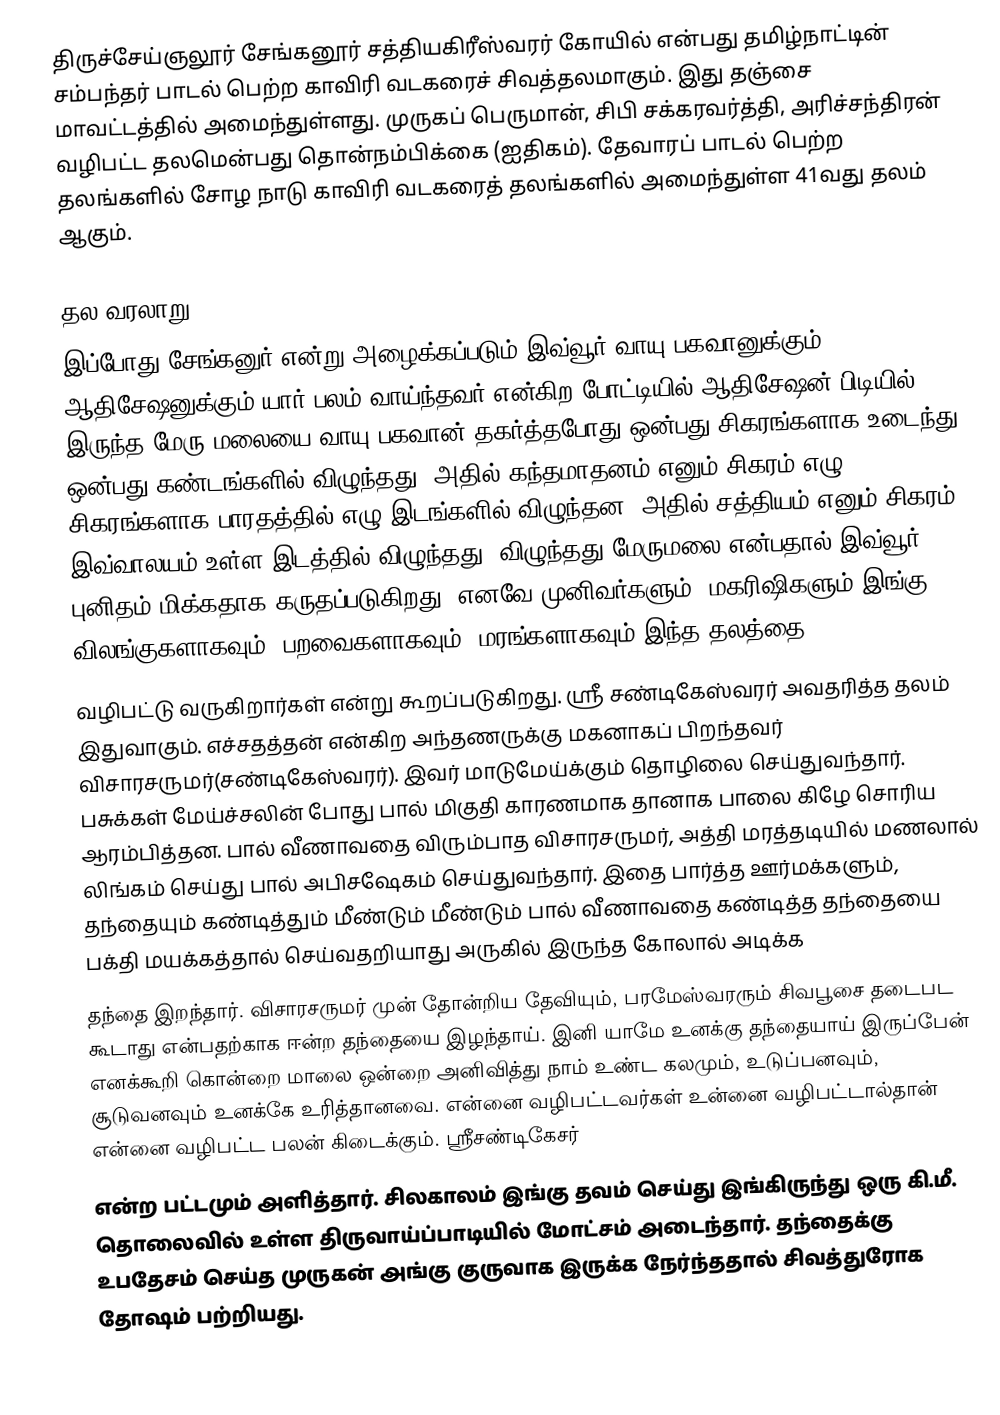
திருச்சேய்ஞலூர் சேங்கனூர் சத்தியகிரீஸ்வரர் கோயில் என்பது தமிழ்நாட்டின் சம்பந்தர் பாடல் பெற்ற காவிரி வடகரைச் சிவத்தலமாகும். இது தஞ்சை மாவட்டத்தில் அமைந்துள்ளது. முருகப் பெருமான், சிபி சக்கரவர்த்தி, அரிச்சந்திரன் வழிபட்ட தலமென்பது தொன்நம்பிக்கை (ஐதிகம்). தேவாரப் பாடல் பெற்ற தலங்களில் சோழ நாடு காவிரி வடகரைத் தலங்களில் அமைந்துள்ள 41வது தலம் ஆகும்.

தல வரலாறு
இப்போது சேங்கனுர் என்று அழைக்கப்படும் இவ்வூர் வாயு பகவானுக்கும் ஆதிசேஷனுக்கும் யார் பலம் வாய்ந்தவர் என்கிற போட்டியில் ஆதிசேஷன் பிடியில் இருந்த மேரு மலையை வாயு பகவான் தகர்த்தபோது ஒன்பது சிகரங்களாக உடைந்து ஒன்பது கண்டங்களில் விழுந்தது. அதில் கந்தமாதனம் எனும் சிகரம் எழு சிகரங்களாக பாரதத்தில் எழு இடங்களில் விழுந்தன. அதில் சத்தியம் எனும் சிகரம் இவ்வாலயம் உள்ள இடத்தில் விழுந்தது. விழுந்தது மேருமலை என்பதால் இவ்வூர் புனிதம் மிக்கதாக கருதப்படுகிறது. எனவே முனிவர்களும், மகரிஷிகளும் இங்கு விலங்குகளாகவும், பறவைகளாகவும், மரங்களாகவும் இந்த தலத்தை
வழிபட்டு வருகிறார்கள் என்று கூறப்படுகிறது. ஸ்ரீ சண்டிகேஸ்வரர் அவதரித்த தலம் இதுவாகும். எச்சதத்தன் என்கிற அந்தணருக்கு மகனாகப் பிறந்தவர் விசாரசருமர்(சண்டிகேஸ்வரர்). இவர் மாடுமேய்க்கும் தொழிலை செய்துவந்தார். பசுக்கள் மேய்ச்சலின் போது பால் மிகுதி காரணமாக தானாக பாலை கிழே சொரிய ஆரம்பித்தன. பால் வீணாவதை விரும்பாத விசாரசருமர், அத்தி மரத்தடியில் மணலால் லிங்கம் செய்து பால் அபிசஷேகம் செய்துவந்தார். இதை பார்த்த ஊர்மக்களும், தந்தையும் கண்டித்தும் மீண்டும் மீண்டும் பால் வீணாவதை கண்டித்த தந்தையை பக்தி மயக்கத்தால் செய்வதறியாது அருகில் இருந்த கோலால் அடிக்க
தந்தை இறந்தார். விசாரசருமர் முன் தோன்றிய தேவியும், பரமேஸ்வரரும் சிவபூசை தடைபட கூடாது என்பதற்காக ஈன்ற தந்தையை இழந்தாய். இனி யாமே உனக்கு தந்தையாய் இருப்பேன் எனக்கூறி கொன்றை மாலை ஒன்றை அனிவித்து நாம் உண்ட கலமும், உடுப்பனவும், சூடுவனவும் உனக்கே உரித்தானவை. என்னை வழிபட்டவர்கள் உன்னை வழிபட்டால்தான் என்னை வழிபட்ட பலன் கிடைக்கும். ஸ்ரீசண்டிகேசர்
என்ற பட்டமும் அளித்தார். சிலகாலம் இங்கு தவம் செய்து இங்கிருந்து ஒரு கி.மீ. தொலைவில் உள்ள திருவாய்ப்பாடியில் மோட்சம் அடைந்தார். தந்தைக்கு உபதேசம் செய்த முருகன் அங்கு குருவாக இருக்க நேர்ந்ததால் சிவத்துரோக தோஷம் பற்றியது.